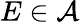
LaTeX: E\in{\mathcal{A}}